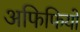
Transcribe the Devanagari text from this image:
अफिफियो